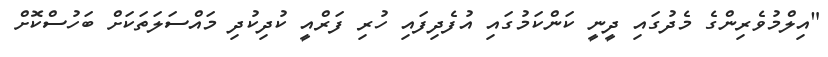
"އިލްމުވެރިންގެ މެދުގައި ދީނީ ކަންކަމުގައި އުފެދިފައި ހުރި ފަރްއީ ކުދިކުދި މައްސަލަތަކަށް ބަހުސްކޮށް